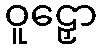
ဝူဠှော